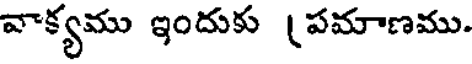
వాక్యము ఇందుకు (పమాణము.